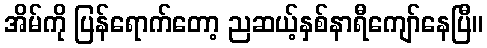
အိမ်ကို ပြန်ရောက်တော့ ညဆယ့်နှစ်နာရီကျော်နေပြီ။